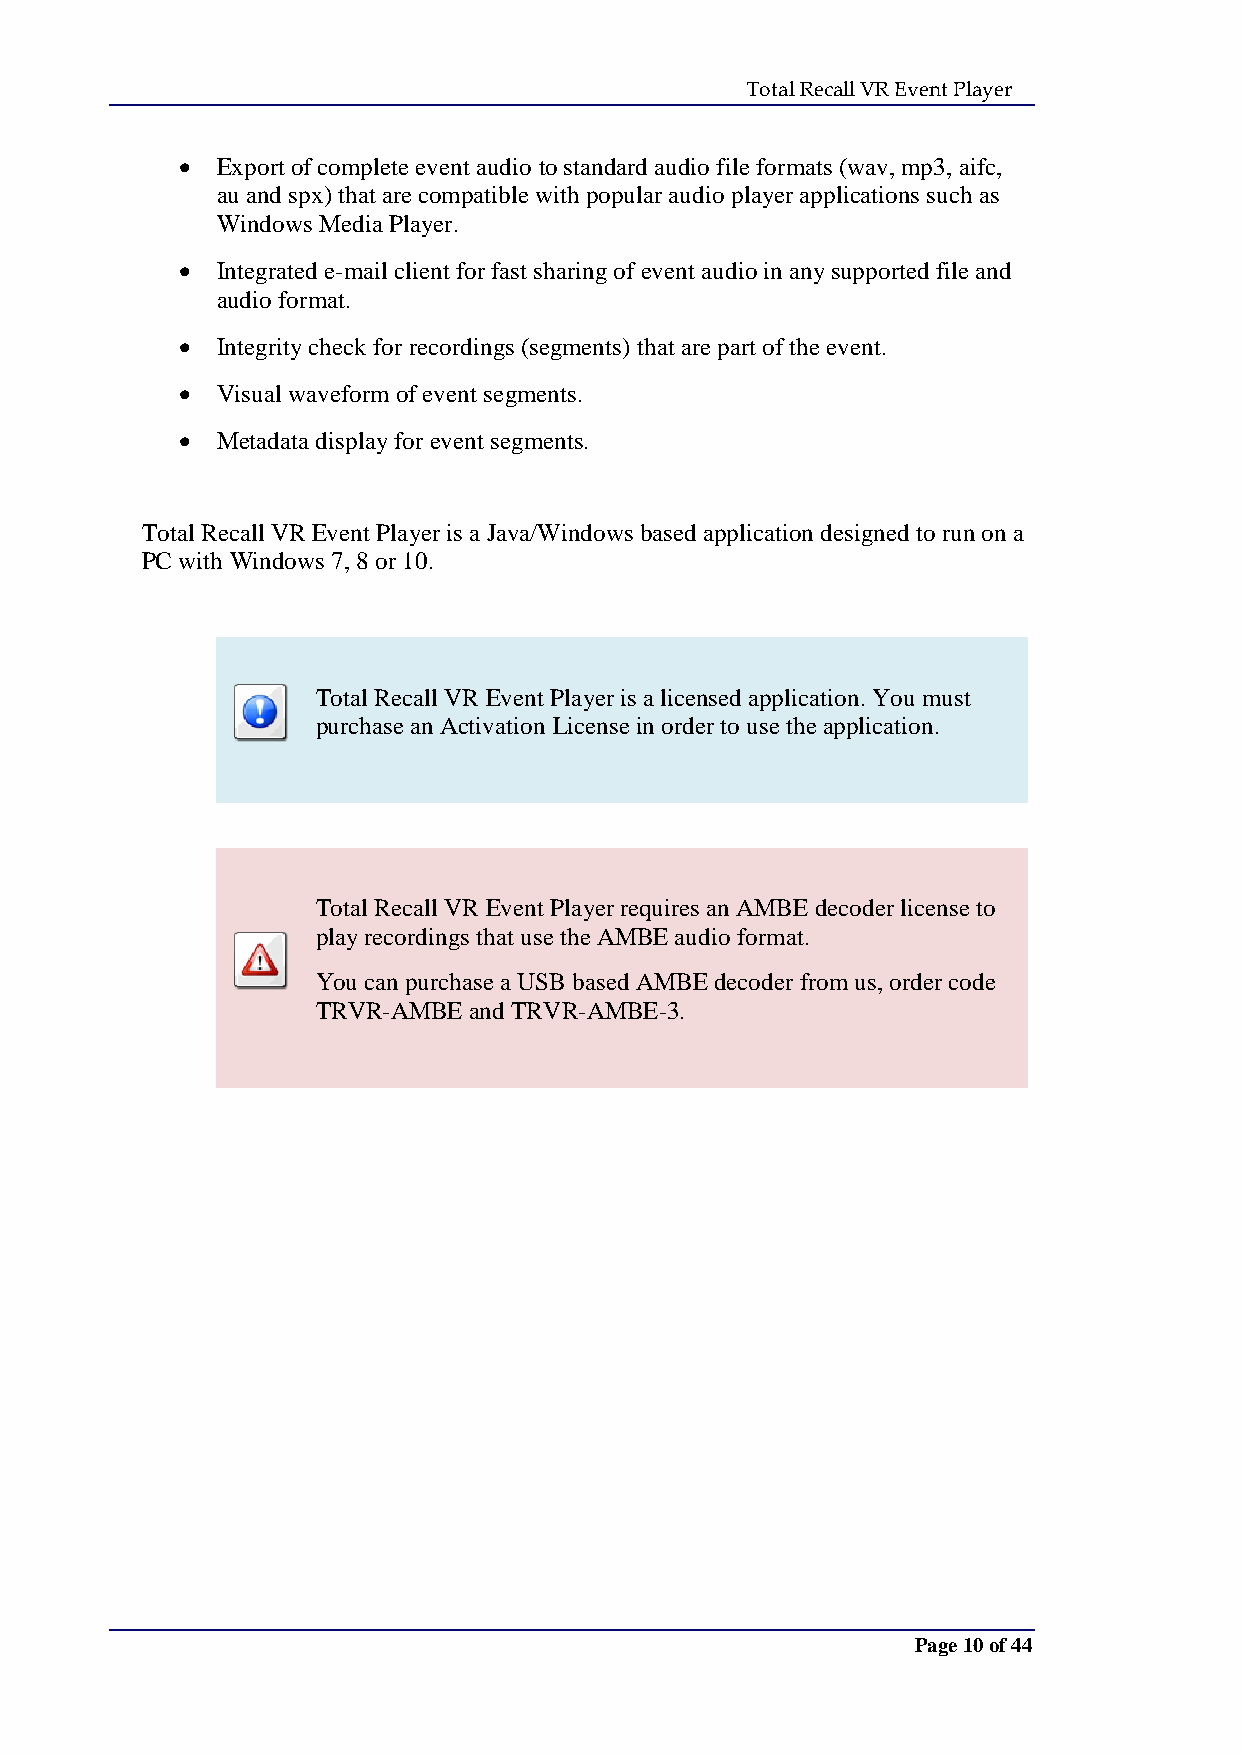
Total Recall VR Event Player
  Export of complete event audio to standard audio file formats (wav, mp3, aifc,
 au and spx) that are compatible with popular audio player applications such as
 Windows Media Player.
  Integrated e-mail client for fast sharing of event audio in any supported file and
 audio format.
  Integrity check for recordings (segments) that are part of the event.
  Visual waveform of event segments.
  Metadata display for event segments.
 Total Recall VR Event Player is a Java/Windows based application designed to run on a
 PC with Windows 7, 8 or 10.
 Total Recall VR Event Player is a licensed application. You must
 purchase an Activation License in order to use the application.
 Total Recall VR Event Player requires an AMBE decoder license to
 play recordings that use the AMBE audio format.
 You can purchase a USB based AMBE decoder from us, order code
 TRVR-AMBE and TRVR-AMBE-3.
 Page 10 of 44